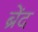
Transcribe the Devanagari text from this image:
ब्रेंद